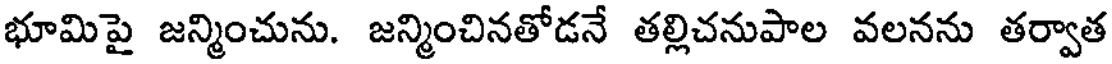
భూమిపై జన్మించును. జన్మించినతోడనే తల్లిచనుపాల వలనను తర్వాత